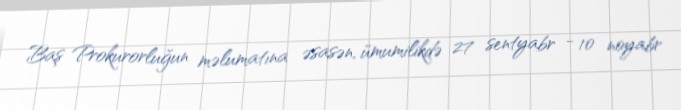
Baş Prokurorluğun məlumatına əsasən, ümumilikdə 27 sentyabr - 10 noyabr